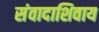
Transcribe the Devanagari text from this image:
संवादाशिवाय